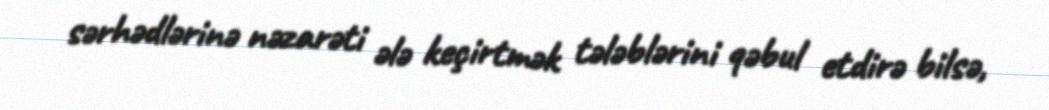
sərhədlərinə nəzarəti ələ keçirtmək tələblərini qəbul etdirə bilsə,